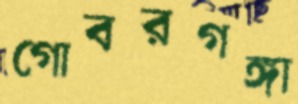
গোবরগঙ্গা